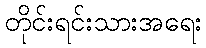
တိုင်းရင်းသားအရေး